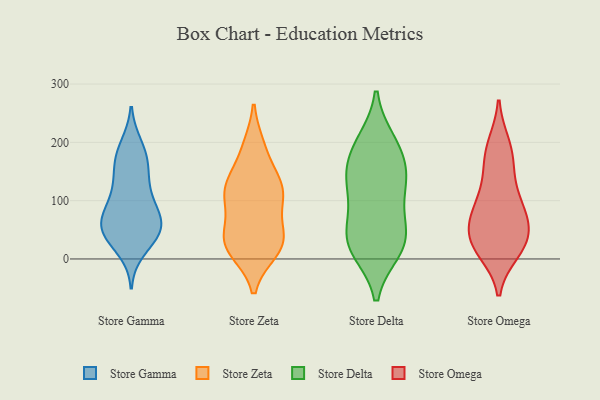
{"axis": {"x": "Latency (ms)", "y": "Value"}, "legend": ["Store Delta", "Store Gamma", "Store Omega", "Store Zeta"], "data": [{"x": "", "y": 86, "type": "Store Gamma"}, {"x": "", "y": 80, "type": "Store Gamma"}, {"x": "", "y": 169, "type": "Store Gamma"}, {"x": "", "y": 38, "type": "Store Gamma"}, {"x": "", "y": 111, "type": "Store Gamma"}, {"x": "", "y": 16, "type": "Store Gamma"}, {"x": "", "y": 57, "type": "Store Gamma"}, {"x": "", "y": 90, "type": "Store Gamma"}, {"x": "", "y": 194, "type": "Store Gamma"}, {"x": "", "y": 47, "type": "Store Gamma"}, {"x": "", "y": 130, "type": "Store Gamma"}, {"x": "", "y": 49, "type": "Store Gamma"}, {"x": "", "y": 51, "type": "Store Gamma"}, {"x": "", "y": 164, "type": "Store Gamma"}, {"x": "", "y": 60, "type": "Store Gamma"}, {"x": "", "y": 187, "type": "Store Gamma"}, {"x": "", "y": 143, "type": "Store Gamma"}, {"x": "", "y": 46, "type": "Store Gamma"}, {"x": "", "y": 130, "type": "Store Zeta"}, {"x": "", "y": 88, "type": "Store Zeta"}, {"x": "", "y": 105, "type": "Store Zeta"}, {"x": "", "y": 15, "type": "Store Zeta"}, {"x": "", "y": 18, "type": "Store Zeta"}, {"x": "", "y": 132, "type": "Store Zeta"}, {"x": "", "y": 14, "type": "Store Zeta"}, {"x": "", "y": 119, "type": "Store Zeta"}, {"x": "", "y": 126, "type": "Store Zeta"}, {"x": "", "y": 43, "type": "Store Zeta"}, {"x": "", "y": 40, "type": "Store Zeta"}, {"x": "", "y": 189, "type": "Store Zeta"}, {"x": "", "y": 38, "type": "Store Zeta"}, {"x": "", "y": 192, "type": "Store Zeta"}, {"x": "", "y": 31, "type": "Store Zeta"}, {"x": "", "y": 109, "type": "Store Zeta"}, {"x": "", "y": 140, "type": "Store Delta"}, {"x": "", "y": 76, "type": "Store Delta"}, {"x": "", "y": 116, "type": "Store Delta"}, {"x": "", "y": 200, "type": "Store Delta"}, {"x": "", "y": 17, "type": "Store Delta"}, {"x": "", "y": 16, "type": "Store Delta"}, {"x": "", "y": 133, "type": "Store Delta"}, {"x": "", "y": 28, "type": "Store Delta"}, {"x": "", "y": 37, "type": "Store Delta"}, {"x": "", "y": 179, "type": "Store Delta"}, {"x": "", "y": 143, "type": "Store Delta"}, {"x": "", "y": 46, "type": "Store Delta"}, {"x": "", "y": 195, "type": "Store Delta"}, {"x": "", "y": 145, "type": "Store Omega"}, {"x": "", "y": 106, "type": "Store Omega"}, {"x": "", "y": 92, "type": "Store Omega"}, {"x": "", "y": 77, "type": "Store Omega"}, {"x": "", "y": 83, "type": "Store Omega"}, {"x": "", "y": 189, "type": "Store Omega"}, {"x": "", "y": 56, "type": "Store Omega"}, {"x": "", "y": 28, "type": "Store Omega"}, {"x": "", "y": 166, "type": "Store Omega"}, {"x": "", "y": 57, "type": "Store Omega"}, {"x": "", "y": 14, "type": "Store Omega"}, {"x": "", "y": 22, "type": "Store Omega"}, {"x": "", "y": 25, "type": "Store Omega"}, {"x": "", "y": 195, "type": "Store Omega"}, {"x": "", "y": 30, "type": "Store Omega"}]}